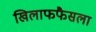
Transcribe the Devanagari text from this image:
खिलाफफैसला